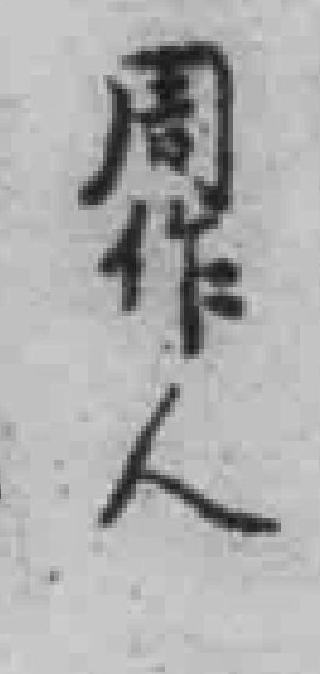
周作人